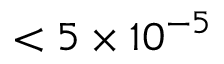
< 5 \times 1 0 ^ { - 5 }